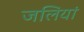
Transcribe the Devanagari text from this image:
जलियां